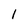
Character: l